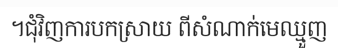
។ជុំវិញការបកស្រាយ ពីសំណាក់មេឈ្មួញ